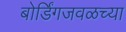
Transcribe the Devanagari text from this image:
बोर्डिंगजवळच्या